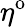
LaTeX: \eta^{\mathrm{o}}